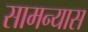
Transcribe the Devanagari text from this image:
सामन्यास